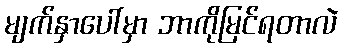
မျက်နှာပေါ်မှာ ဘာကိုမြင်ရတာလဲ